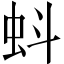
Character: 蚪